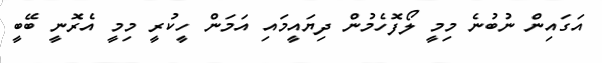
އަގައިން ނުބުނެ މިމީ ލޯފޮހެމުން ދިޔައީމައި އަމަން ހީކުރީ މިމީ އެރޮނީ ބޭބީ